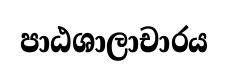
පාඨශාලාචාරය